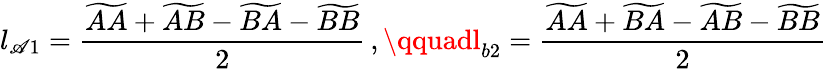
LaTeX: l_{\mathscr{A}1}=\frac{{\widetilde{{AA}}+\widetilde{{AB}}-\widetilde{{BA}}-\widetilde{{BB}}}}{{2}}\, ,\qquadl_{b2}=\frac{{\widetilde{{AA}}+\widetilde{{BA}}-\widetilde{{AB}}-\widetilde{{BB}}}}{{2}}